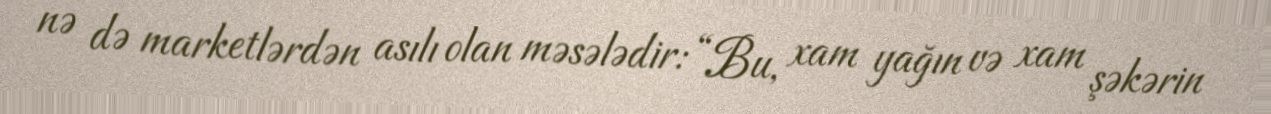
nə də marketlərdən asılı olan məsələdir: “Bu, xam yağın və xam şəkərin